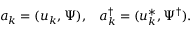
a _ { k } = ( u _ { k } , \Psi ) , \; \; \; a _ { k } ^ { \dagger } = ( u _ { k } ^ { * } , \Psi ^ { \dagger } ) .